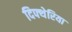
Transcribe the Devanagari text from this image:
दिफ्थेरिया